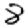
Digit: 8